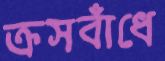
ক্রসবাঁধে